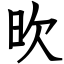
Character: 欥